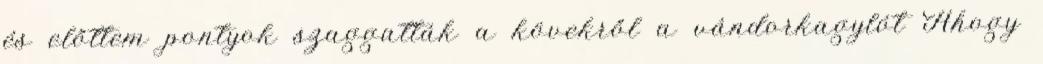
és előttem pontyok szaggatták a kövekről a vándorkagylót Ahogy